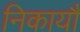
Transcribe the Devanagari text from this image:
निकायौं